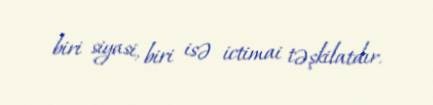
biri siyasi, biri isə ictimai təşkilatdır.